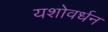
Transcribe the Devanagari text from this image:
यशोवर्धन